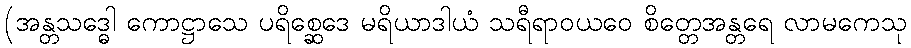
(အန္တသဒ္ဓေါ ကောဋ္ဌာသေ ပရိစ္ဆေဒေ မရိယာဒါယံ သရီရာဝယဝေ စိတ္တေအန္တရေ လာမကေသု